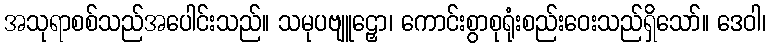
အသုရာစစ်သည်အပေါင်းသည်။ သမုပဗျူဠှော၊ ကောင်းစွာစုရုံးစည်းဝေးသည်ရှိသော်။ ဒေဝါ၊